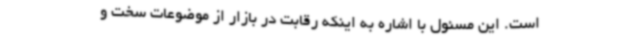
است. این مسئول با اشاره به اینکه رقابت در بازار از موضوعات سخت و